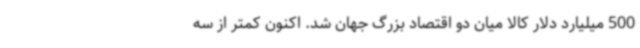
500 میلیارد دلار کالا میان دو اقتصاد بزرگ جهان شد. اکنون کمتر از سه